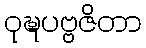
ဝုဍ္ဎပဗ္ဗဇိတာ